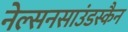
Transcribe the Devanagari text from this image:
नेल्सनसाउंडस्कैन